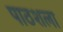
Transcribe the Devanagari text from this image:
पाठशला